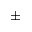
\pm